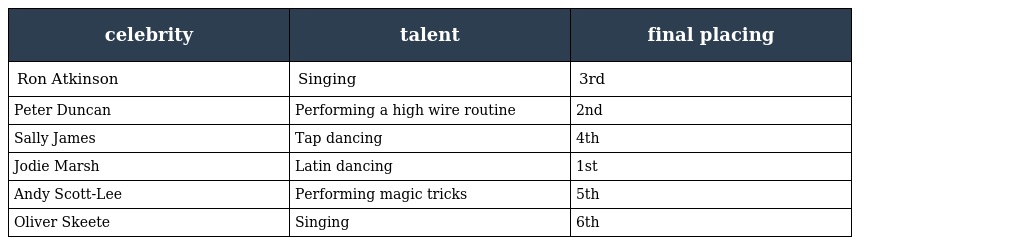
| celebrity | talent | final placing |
 | --- | --- | --- |
 | Ron Atkinson | Singing | 3rd |
 | Peter Duncan | Performing a high wire routine | 2nd |
 | Sally James | Tap dancing | 4th |
 | Jodie Marsh | Latin dancing | 1st |
 | Andy Scott-Lee | Performing magic tricks | 5th |
 | Oliver Skeete | Singing | 6th |